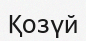
Қозүй